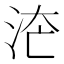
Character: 𱦇